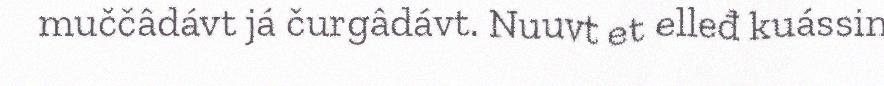
muččâdávt já čurgâdávt. Nuuvt et elleđ kuássin